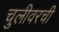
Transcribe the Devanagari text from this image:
चुलीवरची